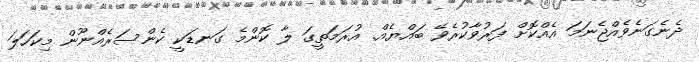
ދެނެގަނެވެއްޖެނަމަ އެއްކޮށް ފަރުވާކުރެވޭ ބައްޔެއް. އުރަމަތީގަ ލާ ކޮންމެ ގަނޑަކީ ކެންސަރެއްނޫން މިކަހަލަ